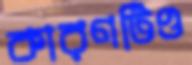
কারণটিও